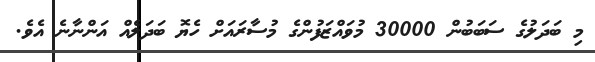
މި ބަދަލުގެ ސަބަބުން 30000 މުވައްޒަފުންގެ މުސާރައަށް ހެޔޮ ބަދަލެއް އަންނާނެ އެވެ.